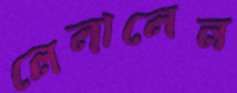
লেলালেন